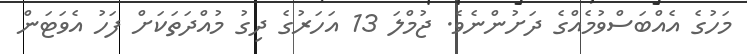
މަހުގެ އެއްބަސްވުމެއްގެ ދަށުންނެވެ. ޖުމްލަ 13 އަހަރުގެ ދިގު މުއްދަތަކަށް ފަހު އެވަޓަން